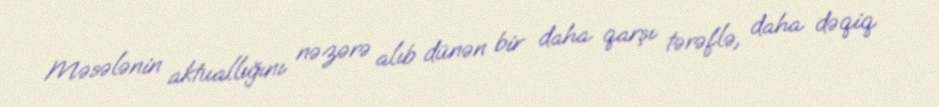
Məsələnin aktuallığını nəzərə alıb dünən bir daha qarşı tərəflə, daha dəqiq